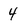
Character: 4